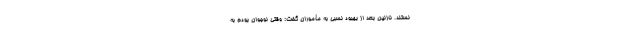
نستند. نازنین بعد از بهبود نسبی به مأموران گفت: وقتی نوجوان بودم به